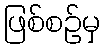
ဖြစ်စဉ်မှ